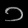
Digit: ၁